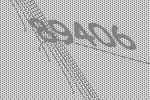
89406